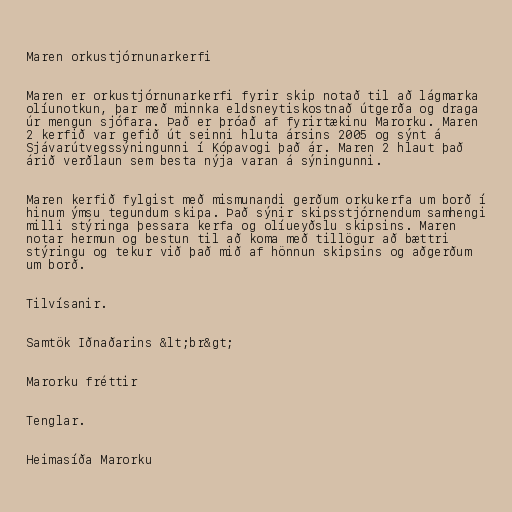
Maren orkustjórnunarkerfi

Maren er orkustjórnunarkerfi fyrir skip notað til að lágmarka
olíunotkun, þar með minnka eldsneytiskostnað útgerða og draga
úr mengun sjófara. Það er þróað af fyrirtækinu Marorku. Maren
2 kerfið var gefið út seinni hluta ársins 2005 og sýnt á
Sjávarútvegssýningunni í Kópavogi það ár. Maren 2 hlaut það
árið verðlaun sem besta nýja varan á sýningunni.

Maren kerfið fylgist með mismunandi gerðum orkukerfa um borð í
hinum ýmsu tegundum skipa. Það sýnir skipsstjórnendum samhengi
milli stýringa þessara kerfa og olíueyðslu skipsins. Maren
notar hermun og bestun til að koma með tillögur að bættri
stýringu og tekur við það mið af hönnun skipsins og aðgerðum
um borð.

Tilvísanir.

Samtök Iðnaðarins &lt;br&gt;

Marorku fréttir

Tenglar.

Heimasíða Marorku